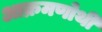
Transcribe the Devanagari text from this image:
आक्रमणोथी